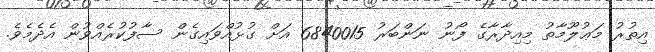
އިތުރު މަޢުލޫމާތު މިއިދާރާގެ ފޯނު ނަންބަރު 6840015 އަށް ގުޅުއްވައިގެން ސާފުކުރެއްވުން އެދެމެވެ.